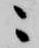
ニ